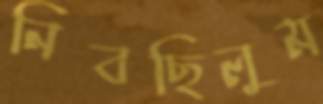
নিবছিলুম